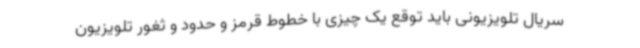
سریال تلویزیونی باید توقع یک چیزی با خطوط قرمز و حدود و ثغور تلویزیون